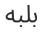
بلبه